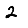
Digit: 2